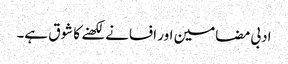
ادبی مضامین اور افسانے لکھنے کا شوق ہے۔